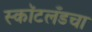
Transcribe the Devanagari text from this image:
स्कॉटलँडचा